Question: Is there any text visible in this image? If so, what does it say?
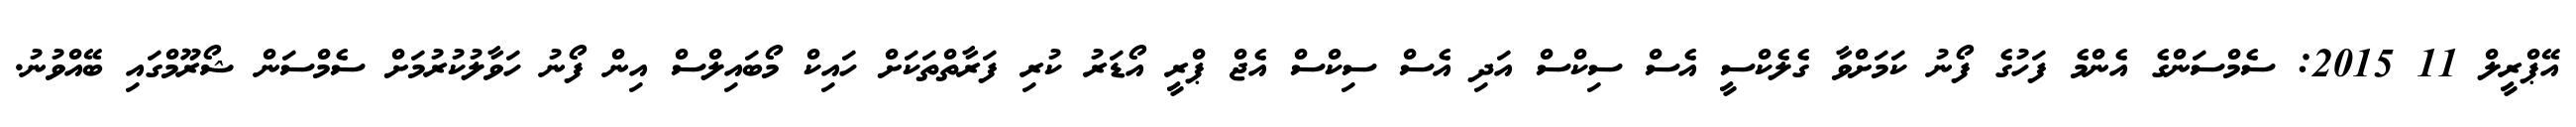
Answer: އޭޕްރީލް 11 2015: ސެމްސަންގެ އެންމެ ފަހުގެ ފޯނު ކަމަށްވާ ގެލެކްސީ އެސް ސިކްސް އަދި އެސް ސިކްސް އެޖް ޕްރީ އޯޑަރު ކުރި ފަރާތްތަކަށް ހައިކް މޯބައިލްސް އިން ފޯނު ހަވާލުކުރުމަށް ސެމްސަން ޝޯރޫމްގައި ބޭއްވުނު.